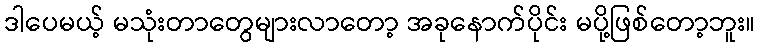
ဒါပေမယ့် မသုံးတာတွေများလာတော့ အခုနောက်ပိုင်း မပို့ဖြစ်တော့ဘူး။